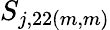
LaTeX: S_{j,22(m,m)}